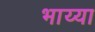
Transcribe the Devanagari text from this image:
भाय्या